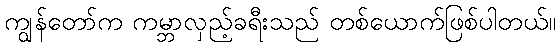
ကျွန်တော်က ကမ္ဘာလှည့်ခရီးသည် တစ်ယောက်ဖြစ်ပါတယ်။